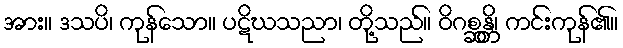
အား။ ဒသပိ၊ ကုန်သော။ ပဋိဃသညာ၊ တို့သည်။ ဝိဂစ္ဆန္တိ၊ ကင်းကုန်၏။